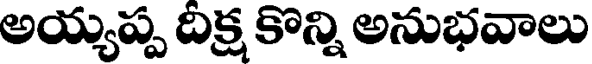
అయ్యప్ప దిక్ష కొన్ని అనుభవాలు